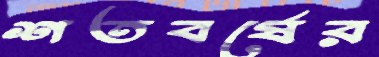
শতবর্ষের